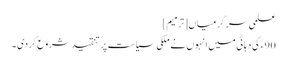
علمی سرگرمیاں[ترمیم]
90ء کی دہائی میں انہوں نے ملکی سیاست پر تنقید شروع کر دی ۔